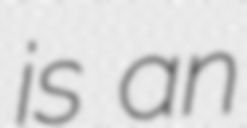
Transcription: is an